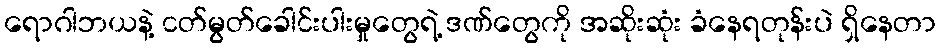
ရောဂါဘယနဲ့ ငတ်မွတ်ခေါင်းပါးမှုတွေရဲ့ ဒဏ်တွေကို အဆိုးဆုံး ခံနေရတုန်းပဲ ရှိနေတာ